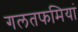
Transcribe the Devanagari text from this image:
गलतफमियां